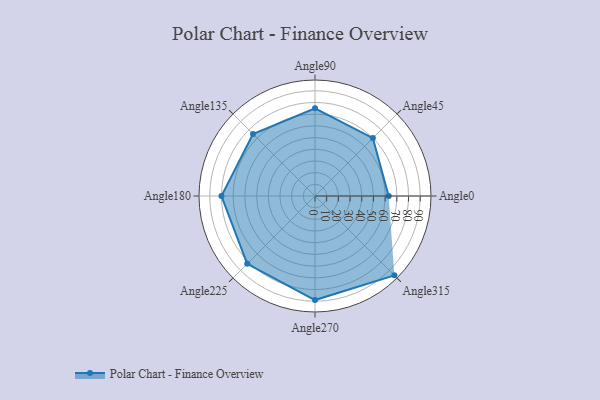
{"axis": {"x": "Angle", "y": "Radius"}, "legend": [""], "data": [{"x": "Angle0", "y": 63.0, "type": ""}, {"x": "Angle45", "y": 70.0, "type": ""}, {"x": "Angle90", "y": 75.0, "type": ""}, {"x": "Angle135", "y": 75.0, "type": ""}, {"x": "Angle180", "y": 80.0, "type": ""}, {"x": "Angle225", "y": 82.0, "type": ""}, {"x": "Angle270", "y": 89.0, "type": ""}, {"x": "Angle315", "y": 96.0, "type": ""}]}